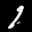
Label: 1